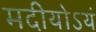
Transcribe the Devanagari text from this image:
मदीयोऽयं